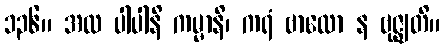
၁၃၆။ အထ ပါပါနိ ကမ္မာနိ၊ ကရံ ဗာလော န ဗုဇ္ဈတိ။